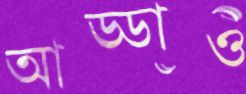
আড্ডাও